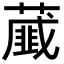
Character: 𦿱